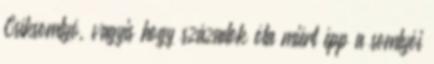
Csíksomlyó, vagyis hogy századok óta miért épp a somlyói